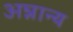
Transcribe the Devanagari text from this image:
अन्नान्य